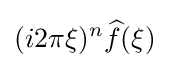
(i2\pi \xi )^{n}{\widehat {f}}(\xi )